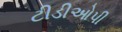
ટીડીઓપી